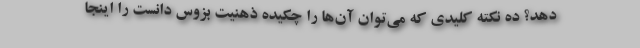
دهد؟ ده نکته کلیدی که می‌توان آن‌ها را چکیده ذهنیت بزوس دانست را اینجا